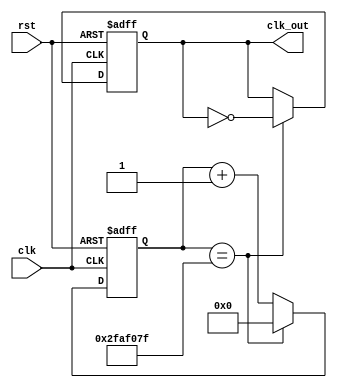
`timescale 1ns / 1ps
//////////////////////////////////////////////////////////////////////////////////
// Company: 
// Engineer: 
// 
// Design Name: 
// Module Name: clockDivider
// Project Name: 
// Target Devices: 
// Tool Versions: 
// Description: 
// 
// Dependencies: 
// 
// Revision:
// Revision 0.01 - File Created
// Additional Comments:
// 
//////////////////////////////////////////////////////////////////////////////////


module clockDivider #(parameter n = 50000000) (clk, rst, clk_out);
    input clk, rst;
    output reg clk_out;
    reg[31:0] cnt;
    always @(posedge clk, posedge rst) begin
        if (rst) begin
            cnt <= 0;
            clk_out <= 0;
        end 
        else begin
            if (cnt == n - 1) begin
                clk_out <= ~clk_out;
                cnt <= 0;
            end
            else cnt <= cnt + 1;
        end
    end
endmodule